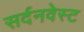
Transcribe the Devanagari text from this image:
सर्दनवेस्ट